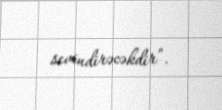
sevindirəcəkdir”.